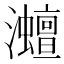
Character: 灗